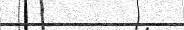
٩٦